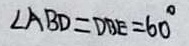
\angle A B D = D B E = 6 0 ^ { \circ }